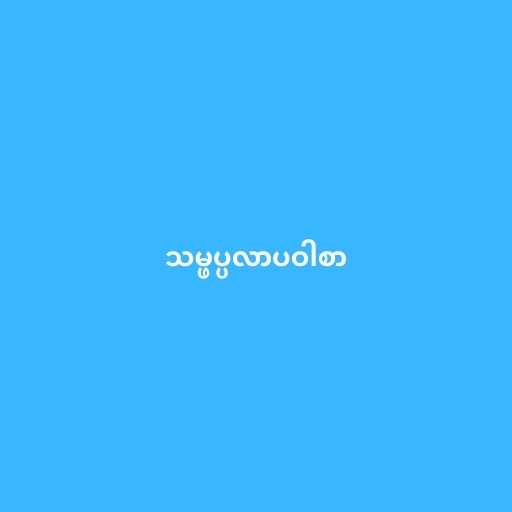
သမ္ဖပ္ပလာပဝါစာ